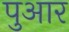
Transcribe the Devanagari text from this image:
पुआर